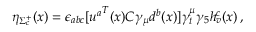
\eta _ { \Sigma _ { c } ^ { + } } ( x ) = \epsilon _ { a b c } [ { u ^ { a } } ^ { T } ( x ) C \gamma _ { \mu } d ^ { b } ( x ) ] \gamma _ { t } ^ { \mu } \gamma _ { 5 } h _ { v } ^ { c } ( x ) \, ,